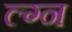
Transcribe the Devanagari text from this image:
ल्ग्न